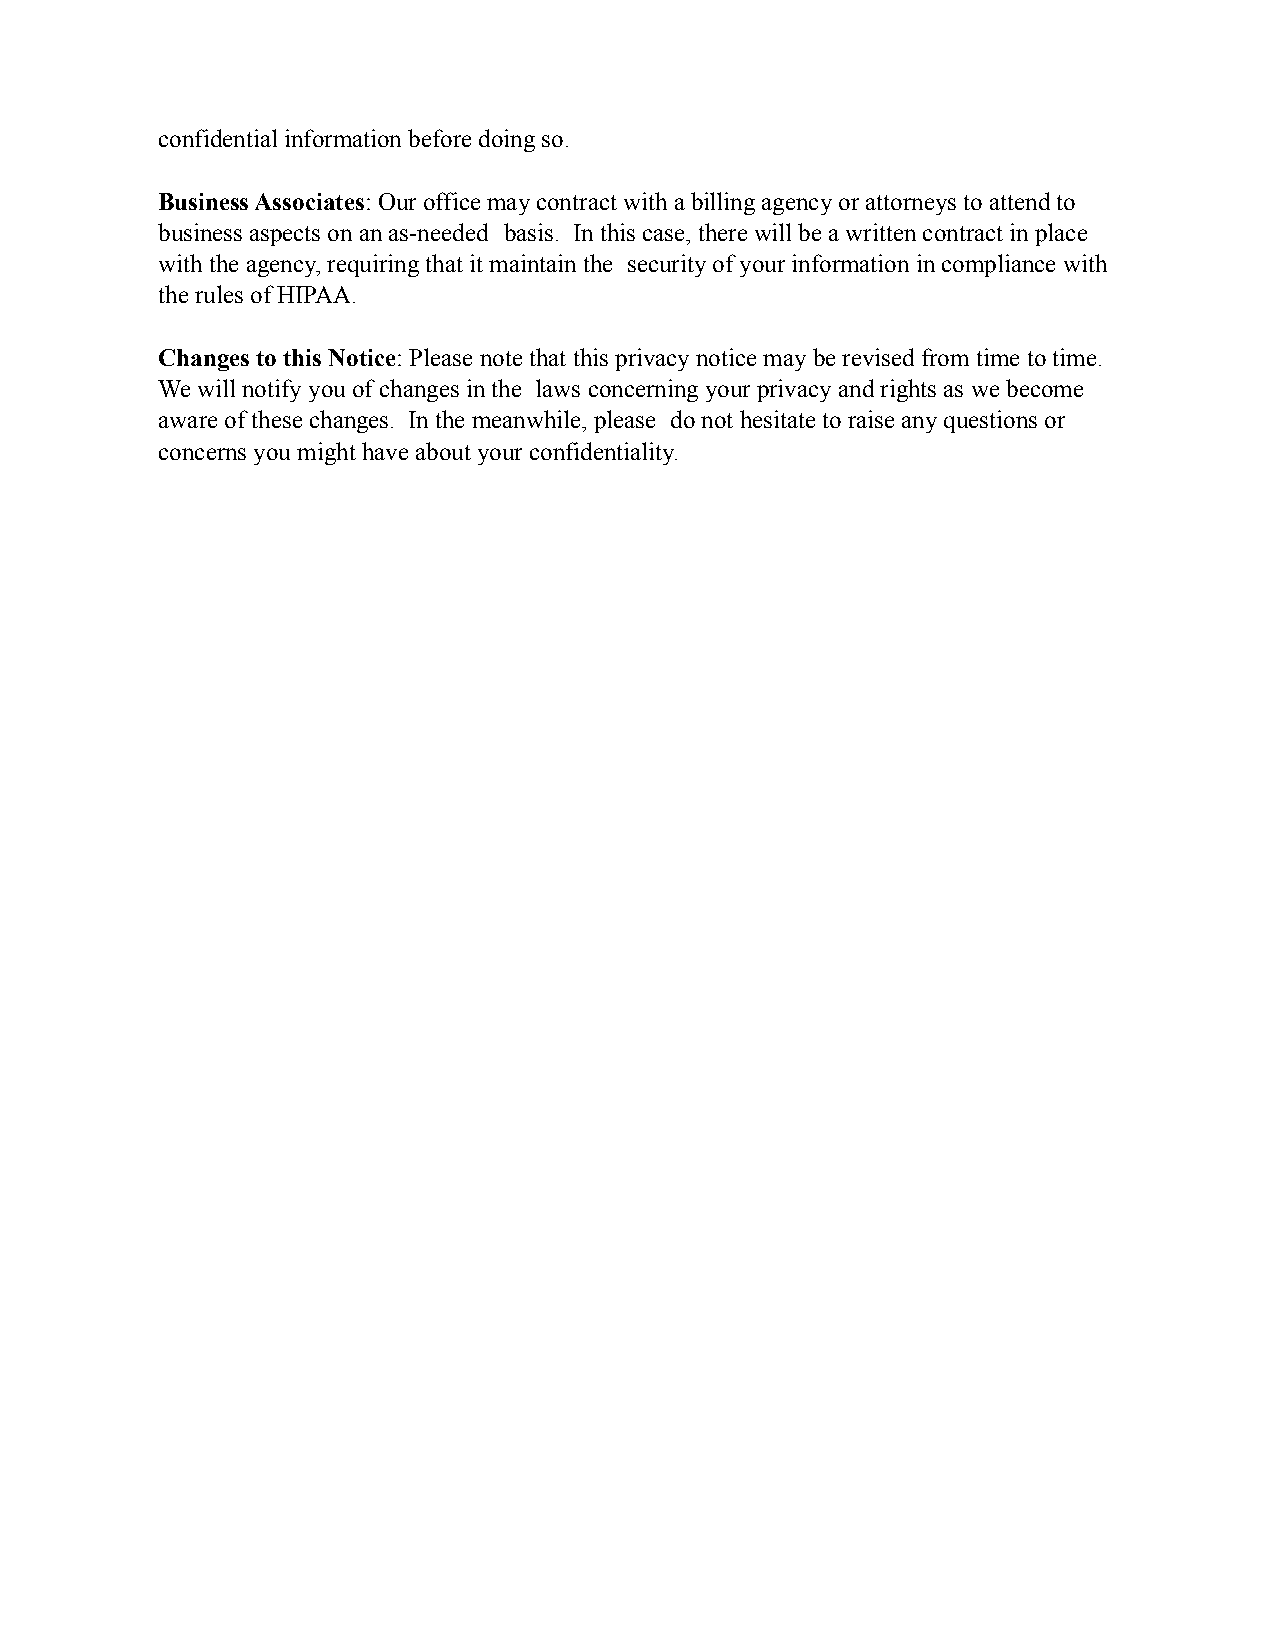
confidential information before doing so.
 Business Associates: Our office may contract with a billing agency or attorneys to attend to
 business aspects on an as-needed basis. In this case, there will be a written contract in place
 with the agency, requiring that it maintain the security of your information in compliance with
 the rules of HIPAA.
 Changes to this Notice: Please note that this privacy notice may be revised from time to time.
 We will notify you of changes in the laws concerning your privacy and rights as we become
 aware of these changes. In the meanwhile, please do not hesitate to raise any questions or
 concerns you might have about your confidentiality.